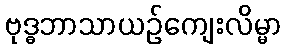
ဗုဒ္ဓဘာသာယဉ်ကျေးလိမ္မာ